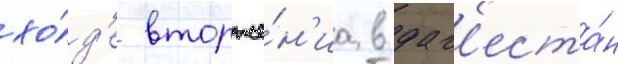
хо́д'е вторже́н'иа в даг'еста́н